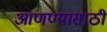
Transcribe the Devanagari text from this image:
आणण्‍यासाठी